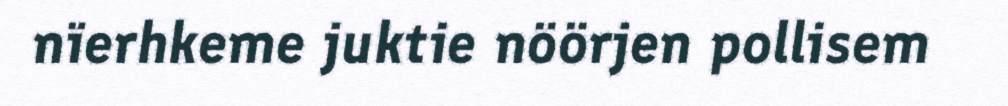
nïerhkeme juktie nöörjen pollisem